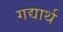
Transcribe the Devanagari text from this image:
गद्यार्थ